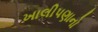
ખાલીપણાનો